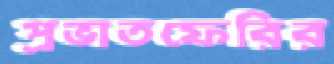
প্রভাতফেরির